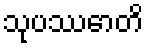
သုပဿောတိ